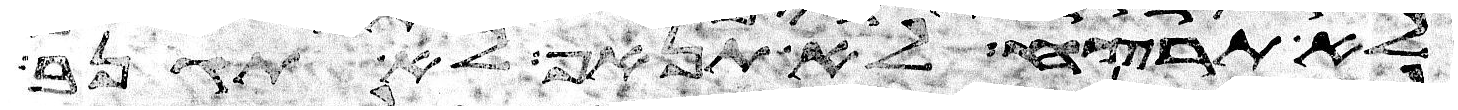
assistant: לא תרצח לא תנאף לא תגנב